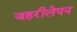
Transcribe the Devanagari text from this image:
जहरीलेपन